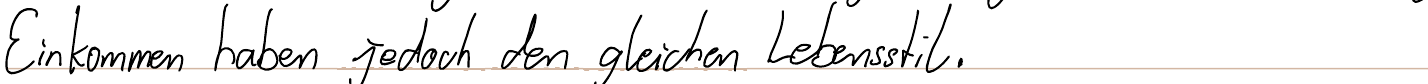
Einkommen haben jedoch den gleichen Lebensstil.